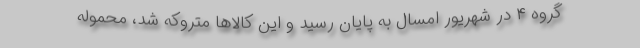
گروه ۴ در شهریور امسال به پایان رسید و این کالاها متروکه شد، محموله